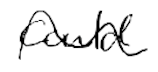
Text: could
Cross-out: wave
Writing tool: digital_black